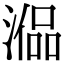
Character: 𣼞